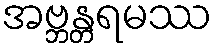
အဗ္ဘန္တရမဿ